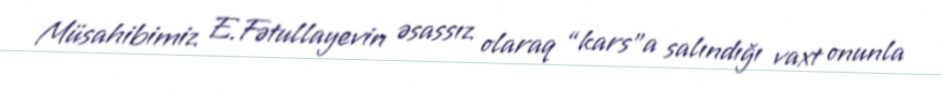
Müsahibimiz E.Fətullayevin əsassız olaraq “kars”a salındığı vaxt onunla